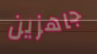
جاهزين